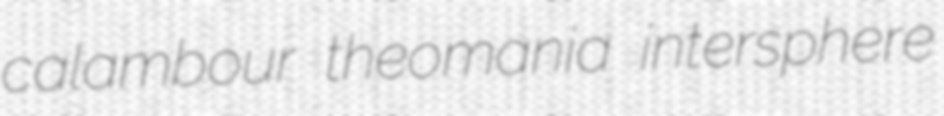
calambour theomania intersphere